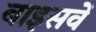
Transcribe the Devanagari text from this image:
बाइसवें